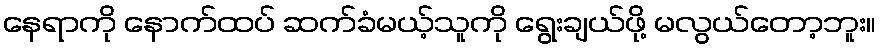
နေရာကို နောက်ထပ် ဆက်ခံမယ့်သူကို ရွေးချယ်ဖို့ မလွယ်တော့ဘူး။